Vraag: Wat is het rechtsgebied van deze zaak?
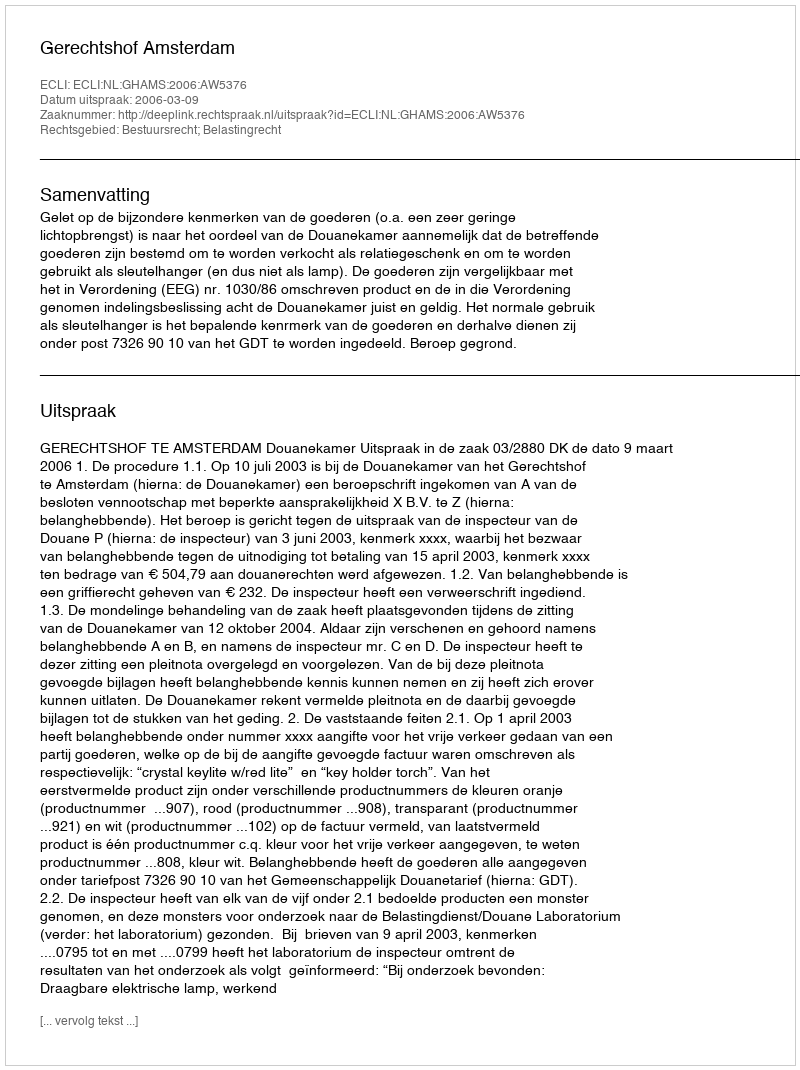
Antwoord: Bestuursrecht; Belastingrecht